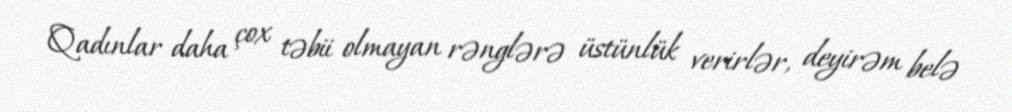
Qadınlar daha çox təbii olmayan rənglərə üstünlük verirlər, deyirəm belə